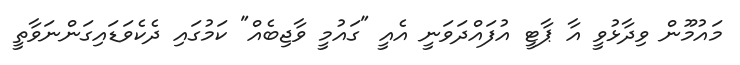
މައުމޫން ވިދާޅުވީ އާ ޕާޓީ އުފައްދަވަނީ އެއީ "ގައުމީ ވާޖިބެއް" ކަމުގައި ދެކެވަޑައިގަންނަވާތީ